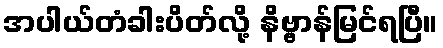
အပါယ်တံခါးပိတ်လို့ နိဗ္ဗာန်မြင်ရပြီ။